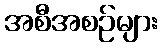
အစီအစဉ်များ